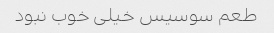
طعم سوسیس خیلی خوب نبود